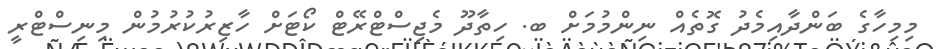
މިމިހާގެ ބަންދާއިމެދު ގޮތެއް ނިންމުމަށް ބ. ހިތާދޫ މެޖިސްޓްރޭޓް ކޯޓަށް ހާޒިރުކުރުމުން މިނިސްޓްރީ